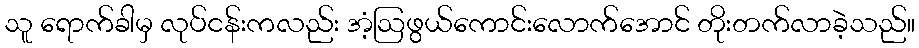
သူ ရောက်ခါမှ လုပ်ငန်းကလည်း အံ့ဩဖွယ်ကောင်းလောက်အောင် တိုးတက်လာခဲ့သည်။